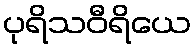
ပုရိသဝီရိယေ